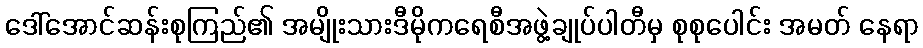
ဒေါ်အောင်ဆန်းစုကြည်၏ အမျိုးသားဒီမိုကရေစီအဖွဲ့ချုပ်ပါတီမှ စုစုပေါင်း အမတ် နေရာ